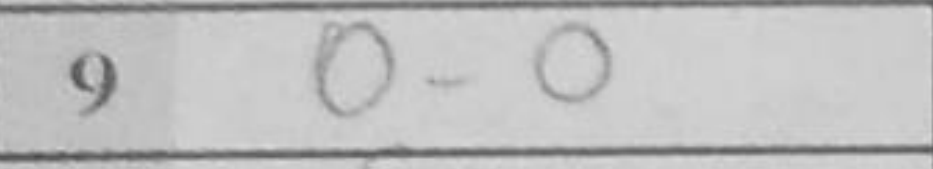
Transcription: O-O